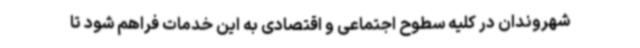
شهروندان در کلیه سطوح اجتماعی و اقتصادی به این خدمات فراهم شود تا